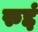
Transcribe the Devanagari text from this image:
रुद्दं